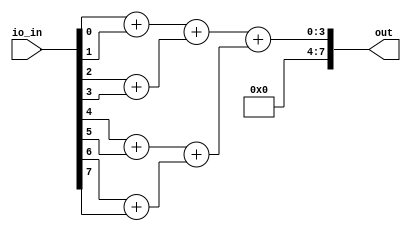
// This program was cloned from: https://github.com/sarfrazenator/Sarfraz_TinyTapeout
// License: Apache License 2.0

module user_module_341497971083313748(
  input wire [7:0] io_in,
  output wire [7:0] out
);
  wire [1:0] add_347;
  wire [1:0] add_349;
  wire [1:0] add_351;
  wire [1:0] add_353;
  wire [2:0] add_359;
  wire [2:0] add_361;
  wire [3:0] add_365;
  assign add_347 = {1'h0, io_in[0]} + {1'h0, io_in[1]};
  assign add_349 = {1'h0, io_in[2]} + {1'h0, io_in[3]};
  assign add_351 = {1'h0, io_in[4]} + {1'h0, io_in[5]};
  assign add_353 = {1'h0, io_in[6]} + {1'h0, io_in[7]};
  assign add_359 = {1'h0, add_347} + {1'h0, add_349};
  assign add_361 = {1'h0, add_351} + {1'h0, add_353};
  assign add_365 = {1'h0, add_359} + {1'h0, add_361};
  assign out = {4'h0, add_365};
endmodule